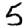
Digit: 5